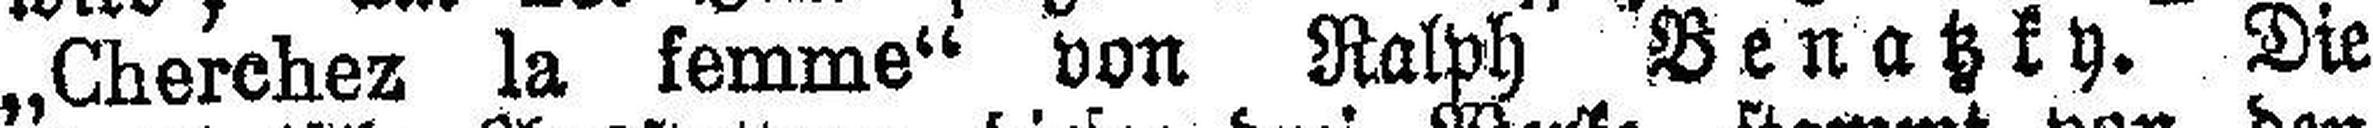
„Cherchez la femme“ von Ralph Benatzky. Die